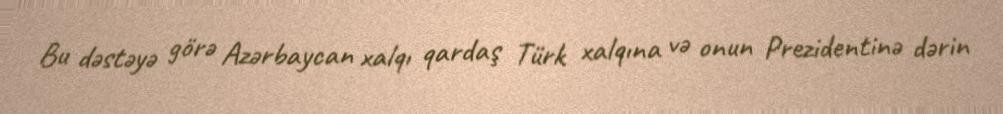
Bu dəstəyə görə Azərbaycan xalqı qardaş Türk xalqına və onun Prezidentinə dərin